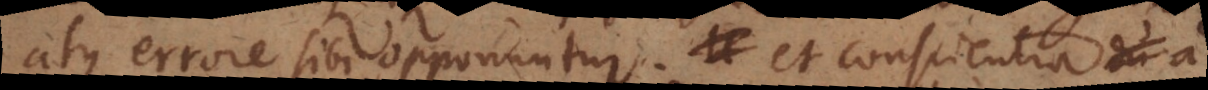
atque errore sibi opponuntur; et conscientia a